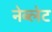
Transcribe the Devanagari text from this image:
नेब्लेट